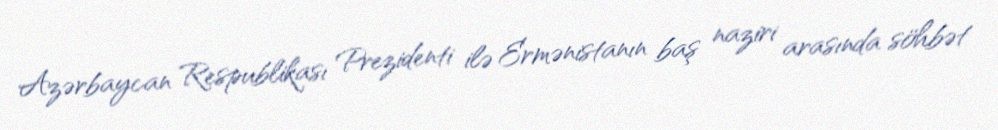
Azərbaycan Respublikası Prezidenti ilə Ermənistanın baş naziri arasında söhbət